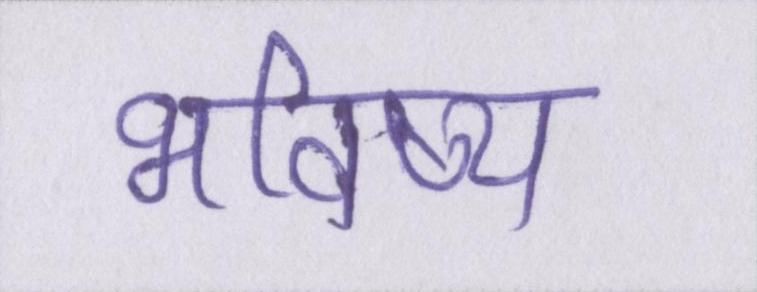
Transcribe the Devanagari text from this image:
भविष्य